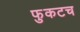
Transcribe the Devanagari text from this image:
फुकटच